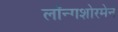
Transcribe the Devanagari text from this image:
लॉन्गशोरमेन